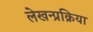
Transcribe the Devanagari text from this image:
लेखन्प्रक्रिया